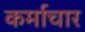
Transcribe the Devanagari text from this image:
कर्माचार